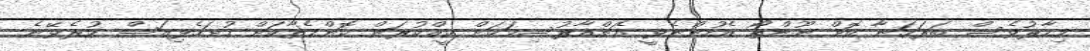
މިހާރުވެސް ބަރަހަނާ ކޮށް ނޫންތޯ އެހުންނެވީ އެޗްއާރުސިމަކަށް ކީއްކުރަން ކޮންމެތާކަށް ހުށަހެޅިއަސް ކުރެވޭނެ